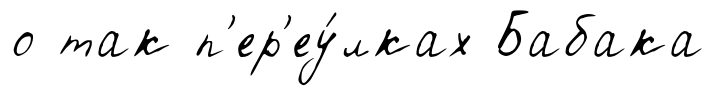
о так п'ер'еу́лках Бабака